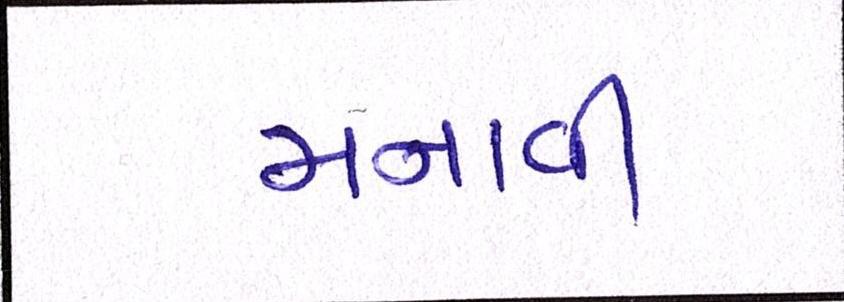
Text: મનાવી